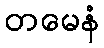
တမေနံ